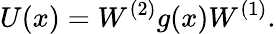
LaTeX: U(x)=W^{(2)}g(x)W^{(1)}.